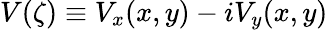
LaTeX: V(\zeta)\equiv V_{x}(x,y)-iV_{y}(x,y)